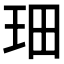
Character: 𤤦